Scientific memoirs by medical officers of the Army of India - Part I,
Year: 1884
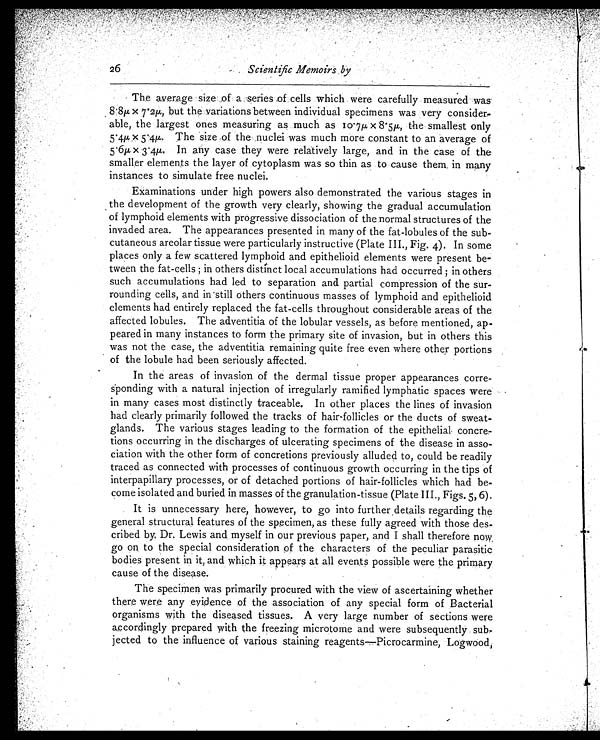
26
Scientific Memoirs by
The average size of a series of cells which were carefully measured was
8.8µ X 7.2µ, but the variations between individual specimens was very consider
-able, the largest ones measuring as much as 10.7µ X.5µ, the smallest only
5.4µ X 5.4µ. The size .of the nuclei was much more constant to an average of
5.6µ X 3.4µ. In any case they were relatively large, and in the case of the
smaller elements the layer of cytoplasm was so thin as to cause them, in many
instances to simulate free nuclei.
Examinations under high powers also demonstrated the various stages in
the development of the growth very clearly, showing the gradual accumulation
of lymphoid elements with progressive dissociation of the normal structures of the
invaded area. The appearances presented in many of the fat-lobules of the sub
-cutaneous areolar tissue were particularly instructive (Plate III., Fig. 4). In some
places only a few scattered lymphoid and epithelioid elements were present be-
tween the fat-cells; in others distinct local accumulations had occurred; in others
such accumulations had led to separation and partial compression of the sur-
rounding cells, and in still others continuous masses of lymphoid and epithelioid
elements had entirely replaced the fat-cells throughout considerable areas of the
affected lobules. The adventitia of the lobular vessels, as before mentioned, ap-
peared in many instances to form the primary site of invasion, but in others this
was not the case, the adventitia remaining quite free even where other portions
of the lobule had been seriously affected.
In the areas of invasion of the dermal tissue proper appearances corre-
sponding with a natural injection of irregularly ramified lymphatic spaces were
in many cases most distinctly traceable. In other places the lines of invasion
had clearly primarily followed the tracks of hair-follicles or the ducts of sweat-
glands. The various stages leading to the formation of the epithelial concre-
tions occurring in the discharges of ulcerating specimens of the disease in asso-
ciation with the other form of concretions previously alluded to, could be readily
traced as connected with processes of continuous growth occurring in the tips of
interpapillary processes, or of detached portions of hair-follicles which had be-
come isolated and buried in masses of the granulation-tissue (Plate III., Figs. 5, 6).
It is unnecessary here, however, to go into further details regarding the
general structural features of the specimen, as these fully agreed with those des-
cribed by. Dr. Lewis and myself in our previous paper, and I shall therefore now
go on, to the special consideration of the characters of the peculiar parasitic
bodies present in it, and which it appears at all events possible were the primary
cause of the disease.
The specimen was primarily procured with the view of ascertaining whether
there were any evidence of the association of any special form of Bacterial
organisms with the diseased tissues. A very large number of sections were
accordingly prepared with the freezing microtome and were subsequently sub-
jected to the influence of various staining reagents—Picrocarmine, Logwood,